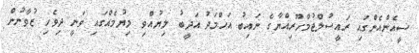
ސީއެންއެންގައި ރައީސުލްޖުމްހޫރިއްޔާގެ ނައިބު އަހްމަދު އަދީބު ލިޔުއްވި ލިޔުމެއްގައި ވަނީ ދިވެހި ޒުވާނުން